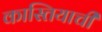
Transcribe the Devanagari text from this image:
कास्तियाची